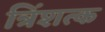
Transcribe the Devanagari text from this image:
त्रिंशत्क